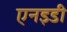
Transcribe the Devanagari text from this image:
एनइडी